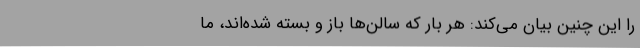
را این چنین بیان می‌کند: هر بار که سالن‌ها باز و بسته شده‌اند، ما